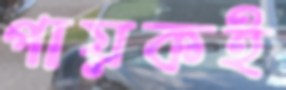
গায়কই